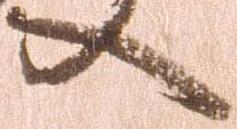
へ